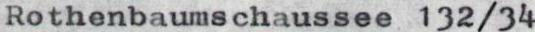
Rothenbaumschaussee 132/34